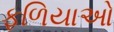
ફળિયાઓ